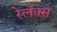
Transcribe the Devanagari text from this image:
रेलॅक्स